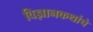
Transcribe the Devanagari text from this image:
विज्ञानकथांचे